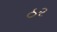
ઠર